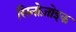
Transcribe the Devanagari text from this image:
सिनोज़ोइक